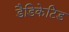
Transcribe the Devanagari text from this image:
डैडिकेटिड